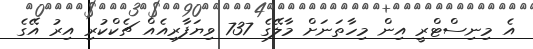
އެ މިނިސްޓްރީ އިން މިހާތަނަށް މާލޭގެ 737 ވިޔަފާރިއެއް ޗެކްކުރި އިރު އޭގެ